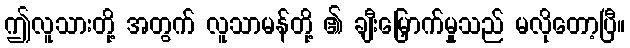
ဤလူသားတို့ အတွက် လူသာမန်တို့ ၏ ချီးမြှောက်မှုသည် မလိုတော့ပြီ။